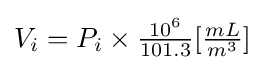
V_{i}=P_{i}\times {\tfrac {10^{6}}{101.3}}[{\tfrac {mL}{m^{3}}}]